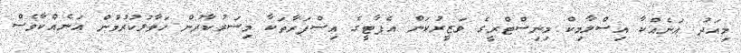
މިއަދު އަނެއްކާ އިސްލާމިކް މިނިސްޓްރީގެ ވަޒީރުކަން އެޕާޓީގެ އިސްފަރާތަކާ މިސަރުކާރުން ހަވާލުކުރުމުން އަނެއްކާވެސް